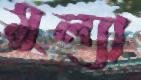
মুল্যা